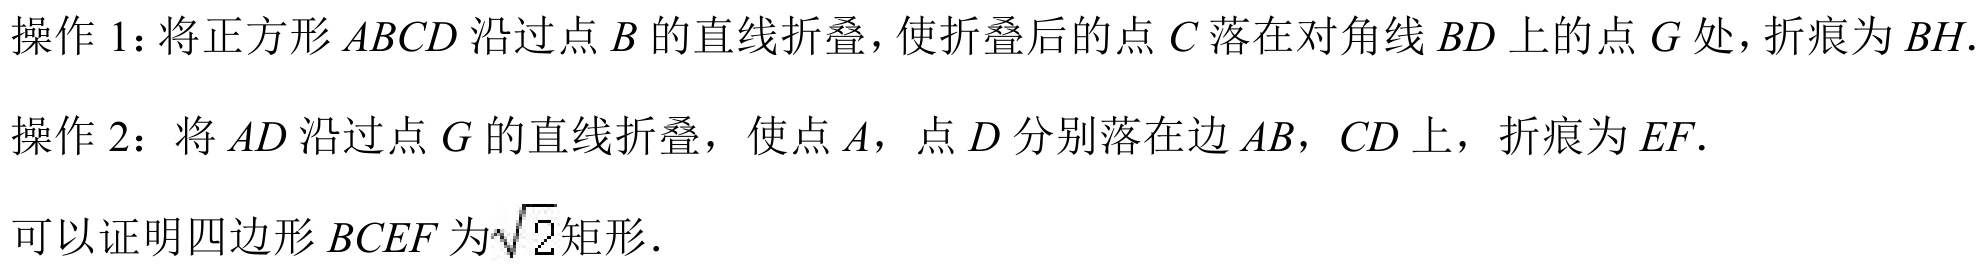
操作 1：将正方形 \(ABCD\) 沿过点 \(B\) 的直线折叠，使折叠后的点 \(C\) 落在对角线 \(BD\) 上的点 \(G\) 处，折痕为 \(BH\).
操作 2：将 \(AD\) 沿过点 \(G\) 的直线折叠，使点 \(A\)，点 \(D\) 分别落在边 \(AB\)，\(CD\) 上，折痕为 \(EF\).

可以证明四边形 \(BCEF\) 为\(\sqrt{2}\)矩形．